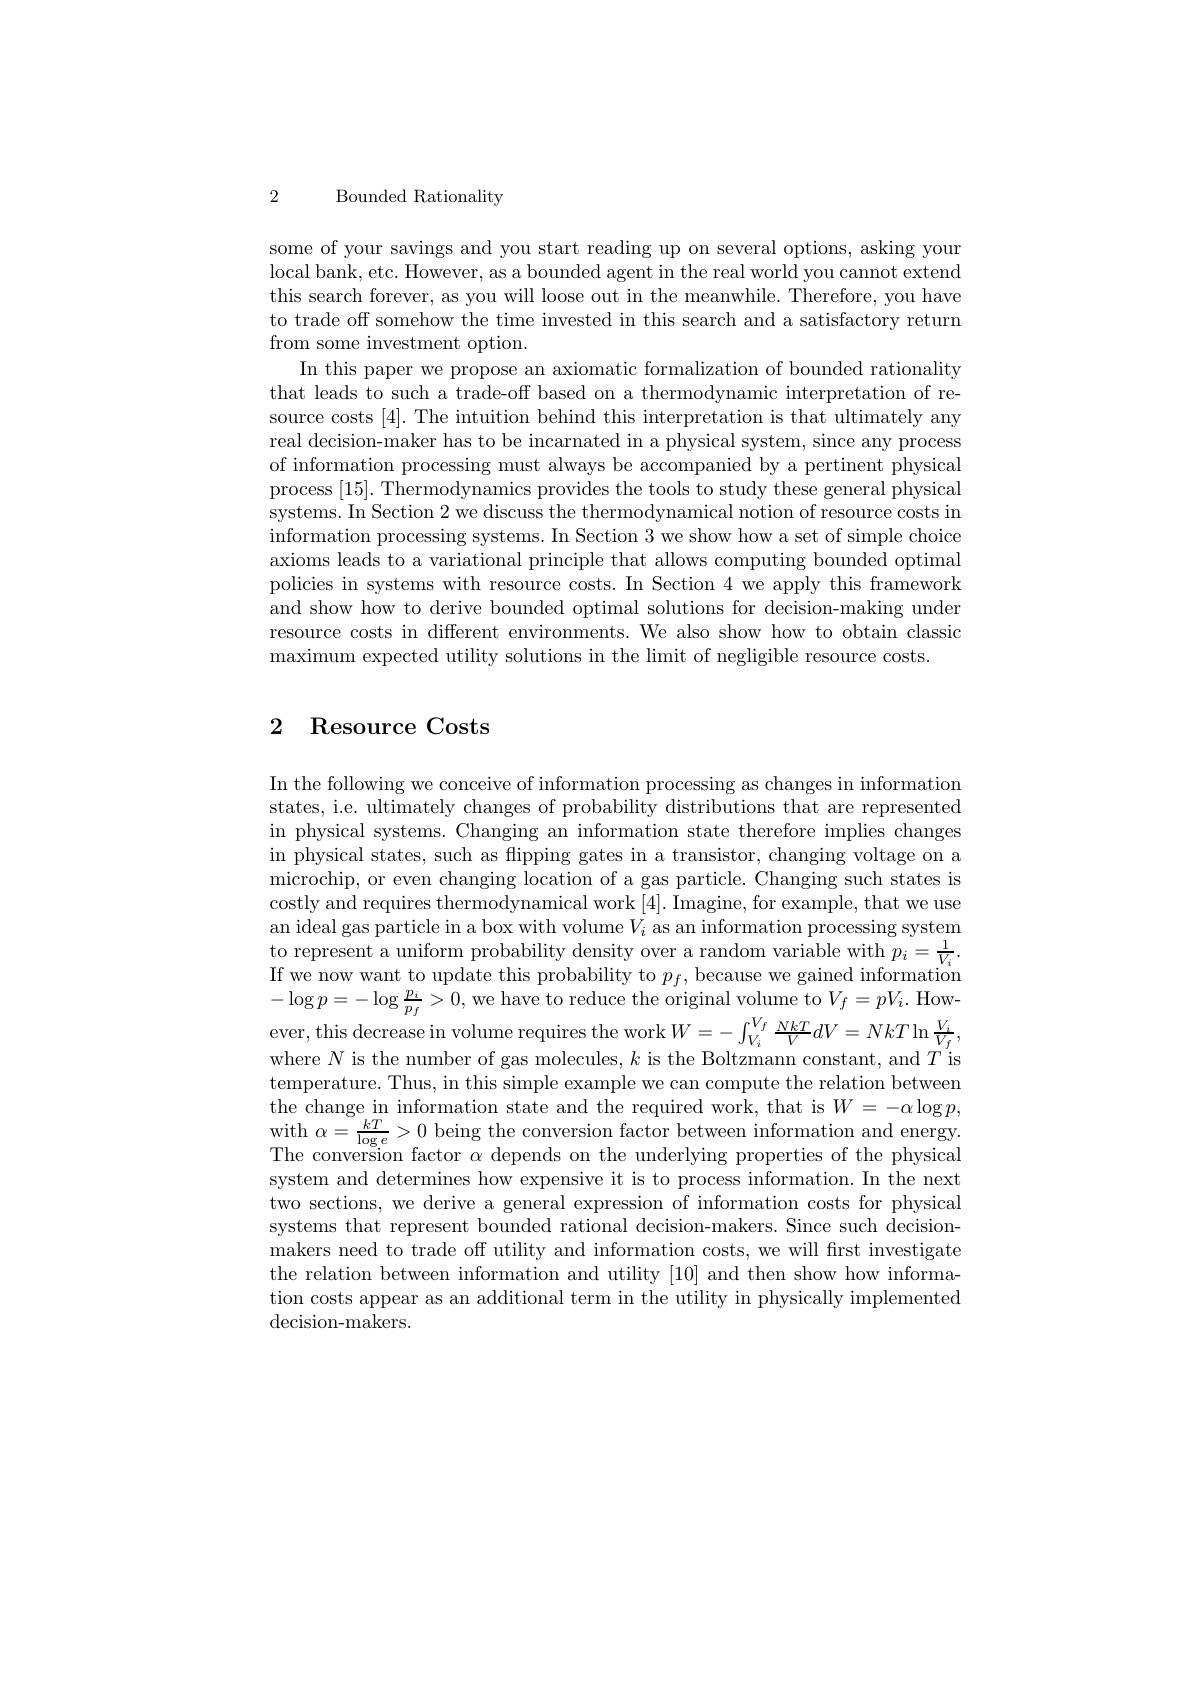
2

Bounded Rationality

some of your savings and you start reading up on several options, asking your local bank, etc. However, as a bounded agent in the real world you cannot extend this search forever, as you will loose out in the meanwhile. Therefore, you have to trade off somehow the time invested in this search and a satisfactory return from some investment option.
In this paper we propose an axiomatic formalization of bounded rationality that leads to such a trade-off based on a thermodynamic interpretation of resource costs [4]. The intuition behind this interpretation is that ultimately any real decision-maker has to be incarnated in a physical system, since any process of information processing must always be accompanied by a pertinent physical process [15]. Thermodynamics provides the tools to study these general physical systems. In Section 2 we discuss the thermodynamical notion of resource costs in information processing systems. In Section 3 we show how a set of simple choice axioms leads to a variational principle that allows computing bounded optimal policies in systems with resource costs. In Section 4 we apply this framework and show how to derive bounded optimal solutions for decision-making under resource costs in different environments. We also show how to obtain classic maximum expected utility solutions in the limit of negligible resource costs.

## 2 Resource Costs

In the following we conceive of information processing as changes in information states, i.e. ultimately changes of probability distributions that are represented in physical systems. Changing an information state therefore implies changes in physical states, such as flipping gates in a transistor, changing voltage on a microchip, or even changing location of a gas particle. Changing such states is costly and requires thermodynamical work [4]. Imagine, for example, that we use an ideal gas particle in a box with volume $V_i$ as an information processing system to represent a uniform probability density over a random variable with $p_i=\frac1{V_i}.$ If we now want to update this probability to $p_f$,because we gained information $-\log p=-\log\frac{p_{i}}{p_{f}}>0$,we have to reduce the original volume to $V_f=pV_i.$ However, this decrease in volume requires the work$W=-\int_V_{i}^{V_{f}}\frac{NkT}{V}dV=NkT\ln\frac{V_{i}}{V_{f}}$, where $N$ is the number of gas molecules, $k$ is the Boltzmann constant, and $T$ is temperature. Thus, in this simple example we can compute the relation between the change in information state and the required work, that is $W=-\alpha\log p$, with $\alpha = \frac {kT}{\log e}> 0$ being the conversion factor between information and energywith $\alpha = \frac {kT}{\log e}> 0$ being the conversion factor between information and energywith $\alpha = \frac {kT- 1}{\log e}> 0$ being the conversion factor between information and energywith $\alpha$ The conversion factor $\alpha$ depends on the underlying properties of the physica system and determines how expensive it is to process information. In the next two sections, we derive a general expression of information costs for physical systems that represent bounded rational decision-makers. Since such decisionmakers need to trade off utility and information costs, we will frst investigate the relation between information and utility [10] and then show how information costs appear as an additional term in the utility in physically implemented ${\mathrm{decision-makers.}}$